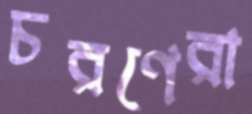
চরণেরা